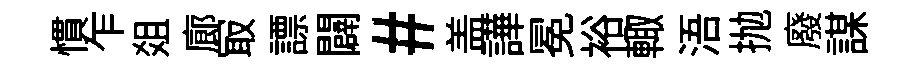
慣乍爼廊冣謤闢#盖譁冕裕輙浯抛廢謀